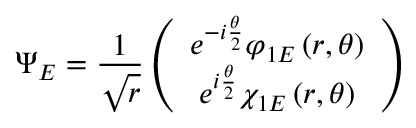
\Psi _ { E } = \frac { 1 } { \sqrt { r } } \left( \begin{array} { c } { { e ^ { - i \frac { \theta } { 2 } } \varphi _ { 1 E } \left( r , \theta \right) } } \\ { { e ^ { i \frac { \theta } { 2 } } \chi _ { 1 E } \left( r , \theta \right) } } \end{array} \right)